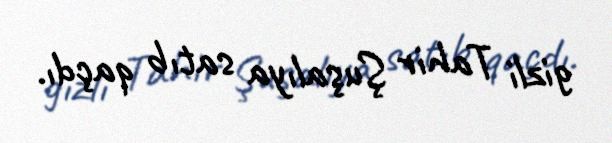
gizli Tahir Şuşalıya satıb qaçdı.